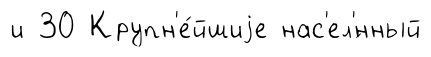
и 30 Крупн'е́йшиjе нас'ел'́нный